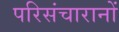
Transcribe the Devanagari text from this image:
परिसंचारानों